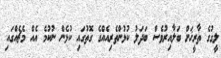
ލީގުގެ ތާރީޚަށް ބަލާއިރުވެސް ބަދަލު ކުޅުންތެރިއެއްގެ ގޮތުގައި ކުޅެން ނުކުމެ އެއް މެޗެއްގައި